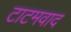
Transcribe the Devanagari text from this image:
टाटमवाद